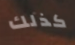
كذلك